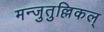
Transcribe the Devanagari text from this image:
मन्जुतुल्लिकल्